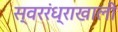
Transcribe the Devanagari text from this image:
स्वररंध्राखाली